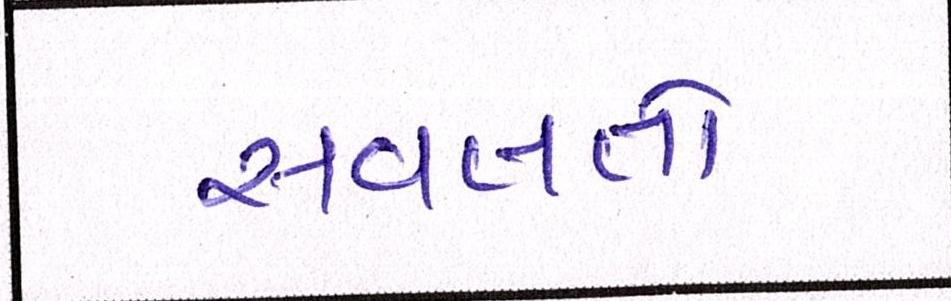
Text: સવલતો